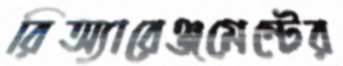
রিঅ্যারেঞ্জমেন্টের